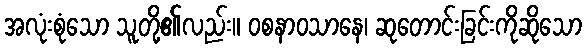
အလုံးစုံသော သူတို့၏လည်း။ ဝစနာဝသာနေ၊ ဆုတောင်းခြင်းကိုဆိုသော